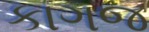
કાગજ